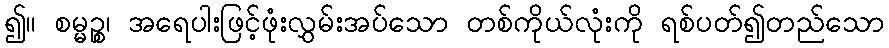
၍။ စမ္မဉ္စ၊ အရေပါးဖြင့်ဖုံးလွှမ်းအပ်သော တစ်ကိုယ်လုံးကို ရစ်ပတ်၍တည်သော